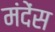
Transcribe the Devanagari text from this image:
मंदेंस